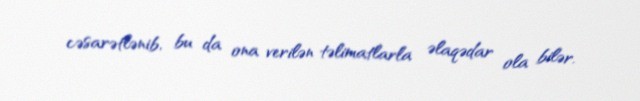
cəsarətlənib, bu da ona verilən təlimatlarla əlaqədar ola bilər.